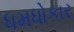
ધમધોકાર